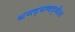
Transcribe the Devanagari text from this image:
श्रमद्भग्वद्गीता